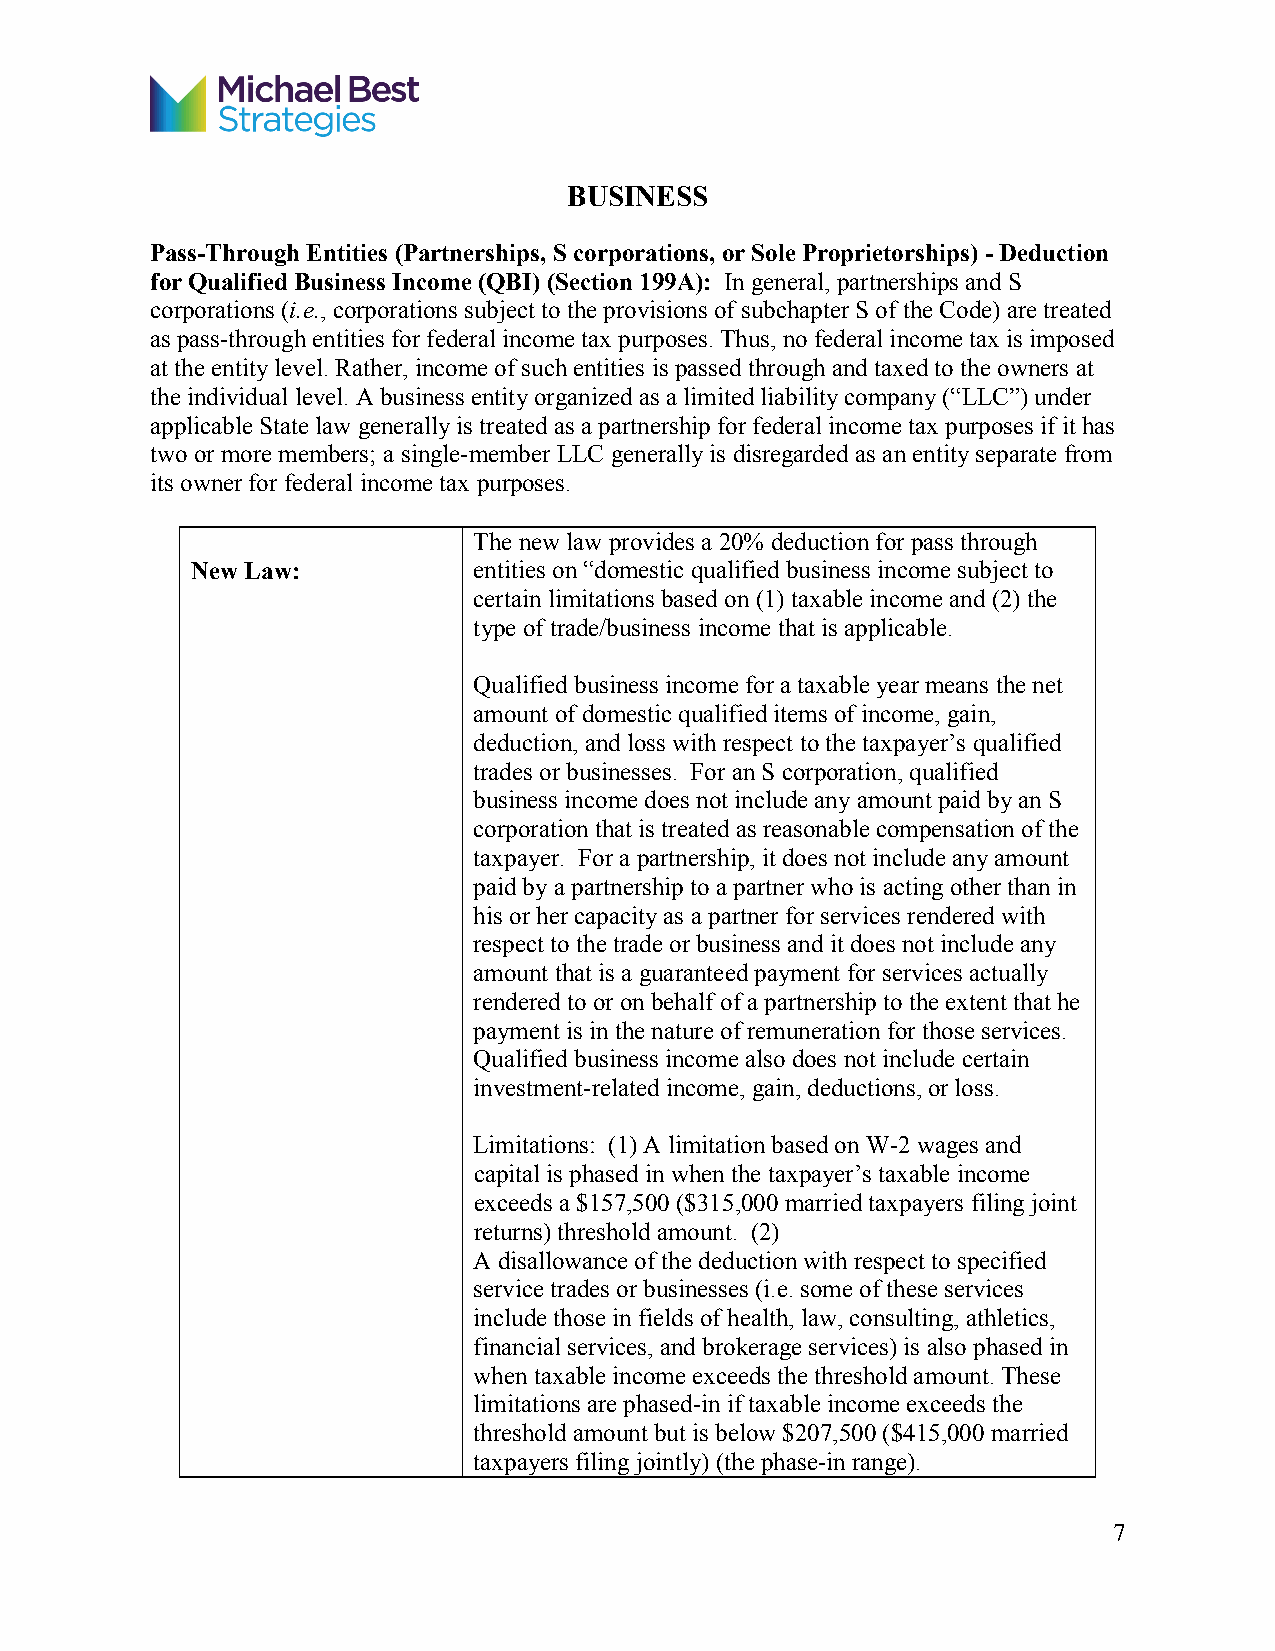
BUSINESS
 Pass-Through Entities (Partnerships, S corporations, or Sole Proprietorships) - Deduction
 for Qualified Business Income (QBI) (Section 199A): In general, partnerships and S
 corporations (i.e., corporations subject to the provisions of subchapter S of the Code) are treated
 as pass-through entities for federal income tax purposes. Thus, no federal income tax is imposed
 at the entity level. Rather, income of such entities is passed through and taxed to the owners at
 the individual level. A business entity organized as a limited liability company (“LLC”) under
 applicable State law generally is treated as a partnership for federal income tax purposes if it has
 two or more members; a single-member LLC generally is disregarded as an entity separate from
 its owner for federal income tax purposes.
 The new law provides a 20% deduction for pass through
 New Law:          entities on “domestic qualified business income subject to
 certain limitations based on (1) taxable income and (2) the
 type of trade/business income that is applicable.
 Qualified business income for a taxable year means the net
 amount of domestic qualified items of income, gain,
 deduction, and loss with respect to the taxpayer’s qualified
 trades or businesses. For an S corporation, qualified
 business income does not include any amount paid by an S
 corporation that is treated as reasonable compensation of the
 taxpayer. For a partnership, it does not include any amount
 paid by a partnership to a partner who is acting other than in
 his or her capacity as a partner for services rendered with
 respect to the trade or business and it does not include any
 amount that is a guaranteed payment for services actually
 rendered to or on behalf of a partnership to the extent that he
 payment is in the nature of remuneration for those services.
 Qualified business income also does not include certain
 investment-related income, gain, deductions, or loss.
 Limitations: (1) A limitation based on W-2 wages and
 capital is phased in when the taxpayer’s taxable income
 exceeds a $157,500 ($315,000 married taxpayers filing joint
 returns) threshold amount. (2)
 A disallowance of the deduction with respect to specified
 service trades or businesses (i.e. some of these services
 include those in fields of health, law, consulting, athletics,
 financial services, and brokerage services) is also phased in
 when taxable income exceeds the threshold amount. These
 limitations are phased-in if taxable income exceeds the
 threshold amount but is below $207,500 ($415,000 married
 taxpayers filing jointly) (the phase-in range).
 7